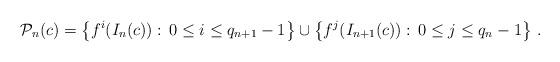
LaTeX: \begin{align*} \mathcal{P}_n(c)=\big\{f^i(I_n(c)):\,0\leq i\leq q_{n+1}-1\big\} \cup \big\{f^j(I_{n+1}(c)):\,0\leq j\leq q_n-1\big\}\ .\end{align*}